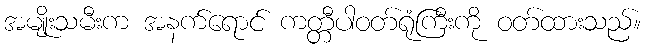
အမျိုးသမီးက အနက်ရောင် ကတ္တီပါဝတ်ရုံကြီးကို ဝတ်ထားသည်။